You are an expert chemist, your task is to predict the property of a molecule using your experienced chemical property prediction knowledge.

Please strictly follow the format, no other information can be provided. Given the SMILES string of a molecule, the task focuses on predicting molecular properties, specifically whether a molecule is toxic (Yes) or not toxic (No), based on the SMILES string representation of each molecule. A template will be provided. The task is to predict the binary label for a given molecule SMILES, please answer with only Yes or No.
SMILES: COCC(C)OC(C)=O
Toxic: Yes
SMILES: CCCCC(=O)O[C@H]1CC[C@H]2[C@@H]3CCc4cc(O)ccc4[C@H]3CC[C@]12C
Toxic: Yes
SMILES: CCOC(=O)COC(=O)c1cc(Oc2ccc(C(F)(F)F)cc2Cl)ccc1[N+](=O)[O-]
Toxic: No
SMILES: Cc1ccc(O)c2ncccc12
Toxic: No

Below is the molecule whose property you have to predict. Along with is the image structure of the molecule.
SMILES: CCOCCOCC
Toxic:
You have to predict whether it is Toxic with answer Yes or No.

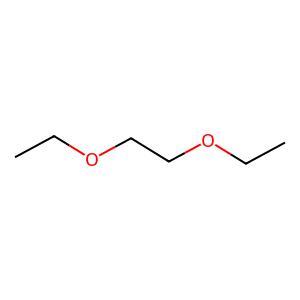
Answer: No